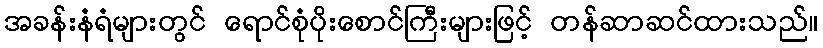
အခန်းနံရံများတွင် ရောင်စုံပိုးစောင်ကြီးများဖြင့် တန်ဆာဆင်ထားသည်။